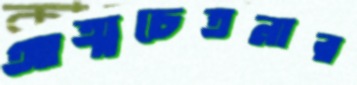
আত্মচেতনার